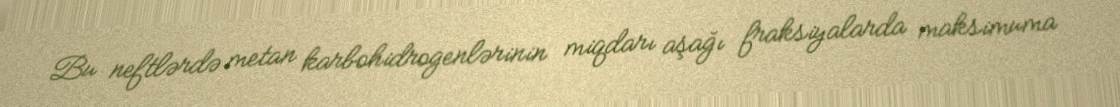
Bu neftlərdə metan karbohidrogenlərinin miqdarı aşağı fraksiyalarda maksimuma